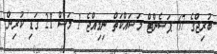
ބުރިޖްގެ 67 ޕަސެންޓް މަސައްކަތް ނިމިއްޖެ 1 މަސް 21 ގަޑި ކުރިން